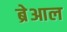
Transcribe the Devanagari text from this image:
ब्रेआल